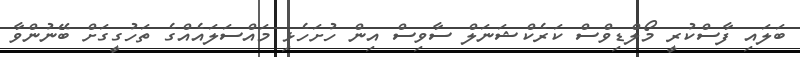
ބަލައި ފާސްކުރީ މޯލްޑިވްސް ކަރެކްޝަނަލް ސާވިސް އިން ހުށަހެޅި މައްސަލައެއްގެ ތަހުގީގަށް ބޭނުންވާ